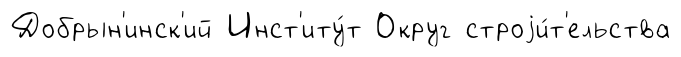
Добрын'инск'ий Инст'иту́т Округ строjи́т'ельства